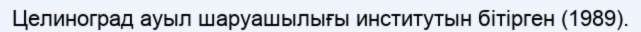
Целиноград ауыл шаруашылығы институтын бітірген (1989).